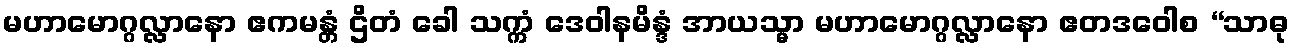
မဟာမောဂ္ဂလ္လာနော ဧကမန္တံ ဌိတံ ခေါ သက္ကံ ဒေဝါနမိန္ဒံ အာယသ္မာ မဟာမောဂ္ဂလ္လာနော ဧတဒဝေါစ “သာဓု